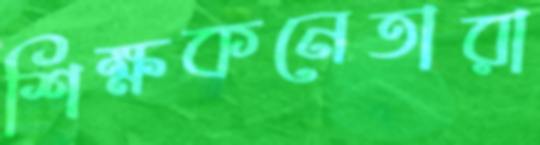
শিক্ষকনেতারা